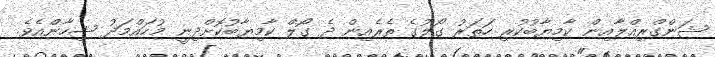
ޝަންގްރިއްލާއިން ކާމިޔާބުކުރި ހަތަރު ގޯލުގެ ތެރެއިން ދެ ގޯލް ކާމިޔާބުކޮށްދިނީ މުހައްމަދު ޝިހާންއެވެ.